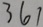
3 6 1